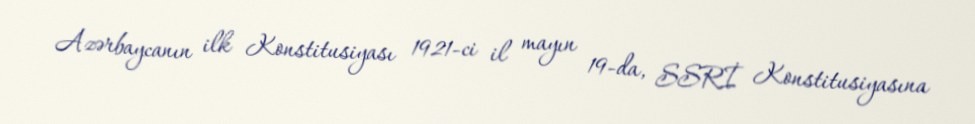
Azərbaycanın ilk Konstitusiyası 1921-ci il mayın 19-da, SSRİ Konstitusiyasına